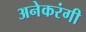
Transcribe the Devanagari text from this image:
अनेकरंगी